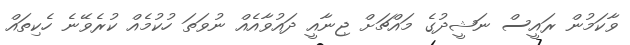
ވާކަމުން ރައީސް ނަޝީދުގެ މައްޗަށް ޖިނާއީ ދައުވާއެއް ނުވަތަ ހުކުމެއް ކުރެވޭނެ ހެކިތައް